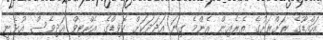
އައްޑޫގެ ރަށްރަށުގެ ތެރެއިން އެންމެ ގިނަ އަދަދަކަށް ކޮވިޑްގެ އެކްޓިވް އަދިވެސް އުޅެނީ